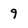
Character: 9